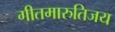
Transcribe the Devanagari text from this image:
गीतमारुतिजय